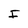
Character: I